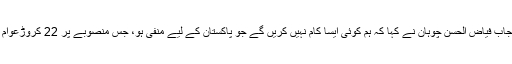
تفصیلات کے مطابق وزیر اطلاعات پنجاب فیاض الحسن چوہان نے کہا کہ ہم کوئی ایسا کام نہیں کریں گے جو پاکستان کے لیے منفی ہو، جس منصوبے پر 22 کروڑعوام کا پیسہ لگا ہو اس کو مکمل کریں گے۔